Indian journal of veterinary science and animal husbandry - Volume 1,
Year: 1931
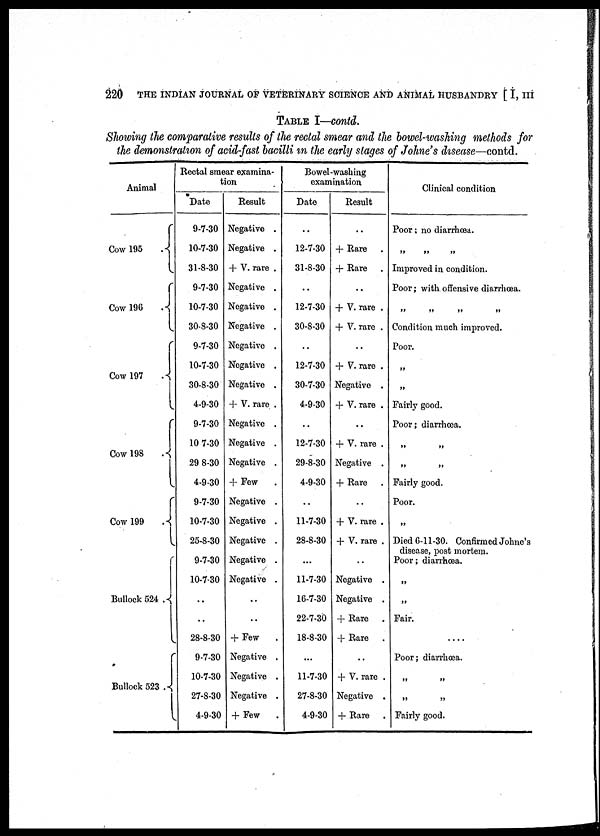
220 THE INDIAN JOURNAL OF VETERINARY SCIENCE AND ANIMAL HUSBANDRY [ I, III
TABLE I—contd.
Showing the comparative results of the rectal smear and the bowel-washing methods for
the demonstration of acid-fast bacilli in the early stages of Johne's disease—contd.
Animal
Cow 195 . {
Cow 196 . {
Cow 197
.{
Cow 198 .{
Cow 199 . {
Bullock 524 . {
Bullock 523 . {
Rectal smear examina-
tion
Date
9-7-30
10-7-30
31-8-30
9-7-30
10-7-30
30-8-30
9-7-30
10-7-30
30-8-30
4-9-30
9-7-30
10-7-30
29 8-30
4-9-30
9-7-30
10-7-30
25-8-30
9-7-30
10-7-30
..
..
28-8-30
9-7-30
10-7-30
27-8-30
4-9-30
Result
Negative .
Negative .
+ V. rare .
Negative .
Negative .
Negative .
Negative .
Negative .
Negative .
+ V. rare .
Negative .
Negative .
Negative .
+ Few
Negative .
Negative .
Negative .
Negative .
Negative .
..
..
+ Few
Negative .
Negative .
Negative .
+ Few .
Bowel-washing
examination
Date
..
12-7-30
31-8-30
. .
12-7-30
30-8-30
..
12-7-30
30-7-30
4-9-30
..
12-7-30
29-8-30
4-9-30
..
11-7-30
28-8-30
...
11-7-30
16-7-30
22-7-30
18-8-30
. . .
11-7-30
27-8-30
4-9-30
Result
..
+ Rare .
+ Rare .
. .
+ V. rare .
+ V. rare .
..
+ V. rare .
Negative .
+ V. rare .
..
+ V. rare .
Negative .
+ Rare .
..
+ V. rare .
+ V. rare .
..
Negative .
Negative .
+ Rare .
+ Rare
. .
+ V. rare .
Negative .
+ Rare
Clinical condition
Poor ; no diarrhœa.
„ „ „
Improved in condition.
Poor ; with offensive diarrhœa.
„ „ „ „
Condition much improved.
Poor.
„
„
Fairly good.
Poor ; diarrhœa.
„ „
„ „
Fairly good.
Poor.
„
Died 6-11-30. Confirmed Johne's
disease, post mortem.
Poor ; diarrhœa.
„
„
Fair.
. . . .
Poor ; diarrhœa.
„ „
„ „
Fairly good.